画像に写った文字を読んでください
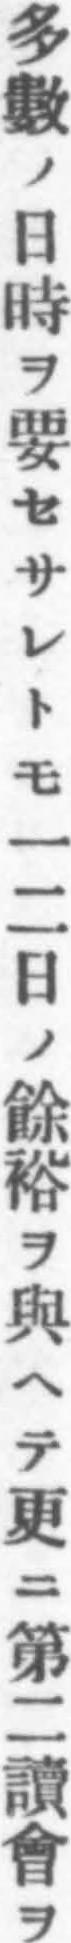
「多數ノ日時ヲ要セサレトモ一二日ノ餘裕ヲ與ヘテ更ニ第二讀會ヲ」と書いてあります